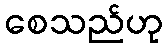
စေသည်ဟု